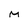
Character: M